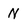
Character: N